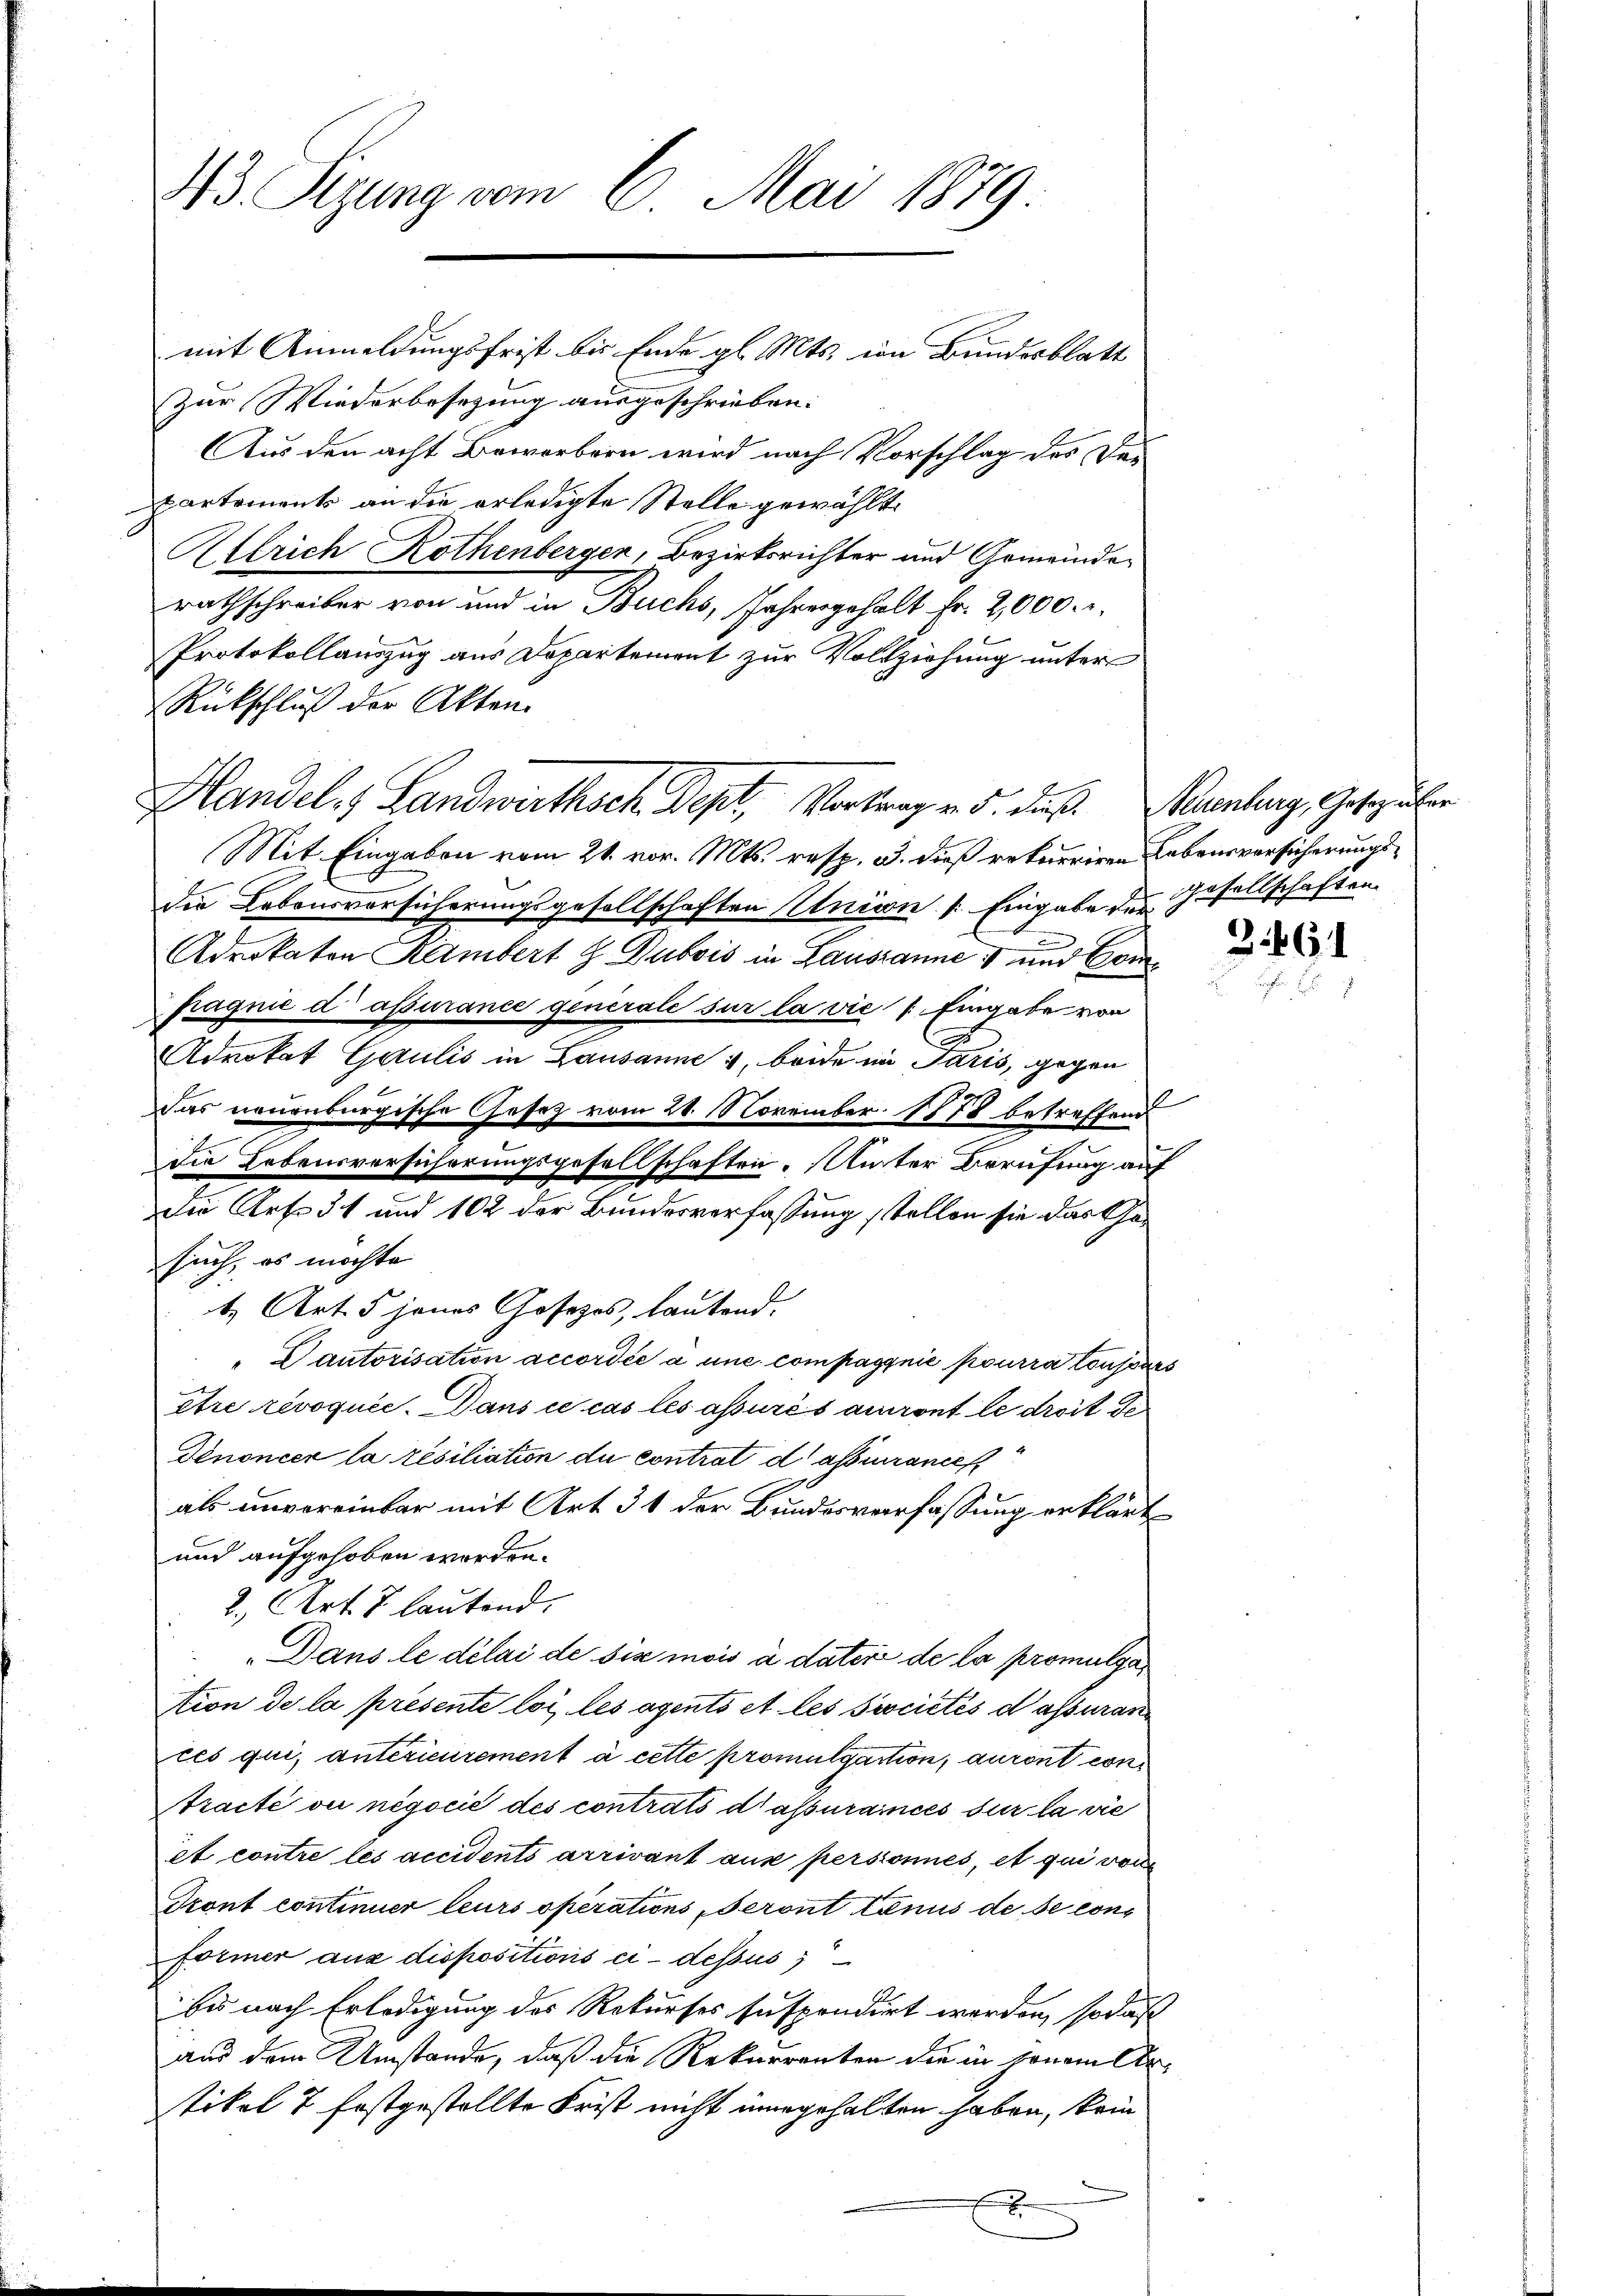
43 Sizung vom 6. Mai 1879

mit Anmeldungsfrist bis Ende gl. Mts. in Bundesblatt
Zur Wiederbesezung ausgeschrieben.
Aus den acht Beworbern wird nach Vorschlag des Departements an die erledigte Stelle gewählt.
Allrich Rothenbergen, Bezirksrichter und Gemeinderathschreiber von und in Buchs, Jahresgehalt Fr. 2,000. r.
Protokollauszug aus Departement zur Vollziehung unter
Rückschluß der Akten.
Mit Eingaben vom 21. vor. Mts. resp. 3. dieß rekurriren Lebensversicherungsder Lebensversicherungsgesellschaften Union v. Eingabe des Gesellschaften
n
Advokaten Rambert & Dubois in Lausanne & und Compagnie d assurance generale sur la vie : Eingabe von
r
Advokat Gaulis in Lausanne 4, beide im Paris, gegen
Das neuenburgische Gesetz vom 21. November 1878 betreffend
Die Lebensversicherungsgesellschaften. Unter Berufung auf
Die Art. 51 und 102 der Bundesverfassung stellen sie das Gesuch, es möchte
b. Art. 5 jenes Gosezes, lautend.
"Dautorisation accordée à une compagnie pourra toujours
être révoquée. Dans ce cas les assurés auront le droit de
Denoncer la résiliation du contrat d assurances
als unvereinbar mit Art. 31 der Bundesverfassung erklärt
und aufgehoben worden.
2., Art. 7 lautend.
„Dans le délai de six mois à dater de la promulga
Ation de la présente loi les avento et les sociétés d assuran
ces qui, antérieurement à cette promulgation, auront con
Aracté ou négocié des contrats d’assurancés sur la vie
et contre les accidents arrivant aux personnes, et qui von
Gront continuer leurs operations Seront tenus de se con¬
Former aus dispositions ci-dessus
bis nach Erledigung des Rekurses Inspondirt werden, sodaß
aus dem Umstände, daß die Rekurrenten die in jenem Artikel 7 festgestellte Frist nicht innegehalten haben, kein
x

Handels Landwirthsch. Sept, Vortrag v. 5. daß. Neuenburg, Gesezeichen

261